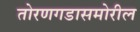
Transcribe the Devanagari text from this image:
तोरणगडासमोरील